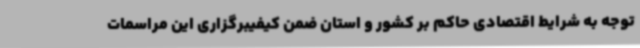
توجه به شرایط اقتصادی حاکم بر کشور و استان ضمن کیفیبرگزاری این مراسمات